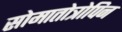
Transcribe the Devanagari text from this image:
सोमातोत्रोपिन